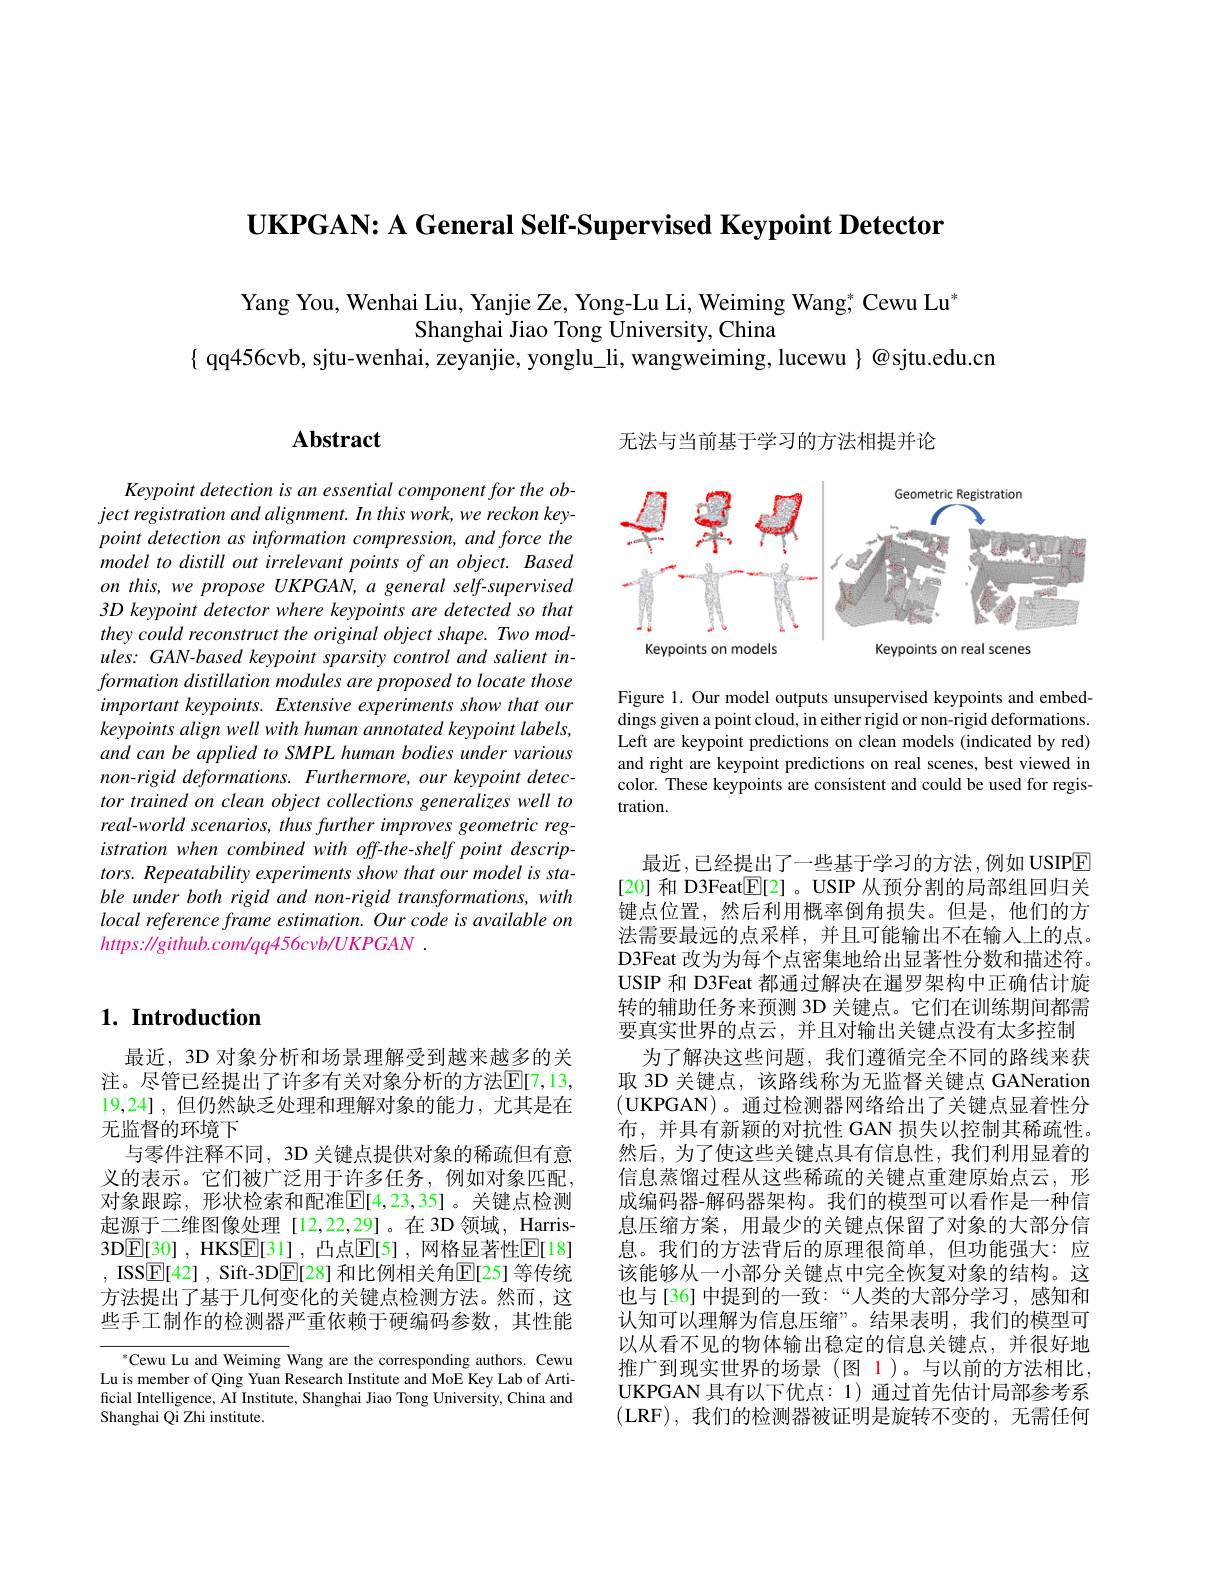
$\textbf{UKPGAN: A General Self- Supervised Keypoint Detector}$

Yang You, Wenhai Liu, Yanjie Ze, Yong-Lu Li, Weiming Wang, Cewu Lu'
Shanghai Jiao Tong University, China
$\{$ qq456cvb, sjtu-wenhai, zeyanjie, yonglu\_li, wangweiming, lucewu $\}@$sjtu.edu.cn

## $\mathbf{Abstract}$

Keypoint detection is an essential component for the ob- $ject\textit{registration and alignment. In this work, we reckon key- }$ point detection as information compression, and force the model to distill out irrelevant points of an object. Based on this, we propose UKPGAN, a general self-supervised 3D keypoint detector where keypoints are detected so that they could reconstruct the original object shape. Two mod- $ules:GAN-based$ keypoint sparsity control and salient information distillation modules are proposed to locate those important keypoints. Extensive experiments show that our keypoints align well with human annotated keypoint labels, and can be applied to SMPL human bodies under various non-rigid deformations. Furthermore, our keypoint detector trained on clean object collections generalizes well to real-world scenarios, thus further improves geometric reg- $istrationwhencombinedwithoff-the-shelfpointdescrip-$ $tors.Repeatability$ experiments show that our model is stable under both rigid and non-rigid transformations, with local reference frame estimation. Our code is available on $https: / / github. com/ qq456cvb/ UKPGAN$ .

## $1. \textbf{Introduction}$

最近，3D 对象分析和场景理解受到越来越多的关注。尽管已经提出了许多有关对象分析的方法$\mathbb{E}[7,13$, 19,24] ,但仍然缺乏处理和理解对象的能力，尤其是在无监督的环境下
与零件注释不同，3D 关键点提供对象的稀疏但有意义的表示。它们被广泛用于许多任务，例如对象匹配， 对象跟踪，形状检索和配准$\mathbb{E}[4,23,35]$。关键点检测起源于二维图像处理[12,22,29]。在 3D 领域，Harris- 3D$\boxed{\mathrm{E} [ 30] }$ , HKS$\boxed{\mathrm{E} [ 31] }$ , 凸点$\mathbb{E} [ 5]$ , 网 格 显 著 性 $\mathbb{E} [ 18]$ , ISS$\underline {\mathrm{E} }[ 42]$ , Sift-3D$\underline{\mathrm{E}}[28]$ 和比例相关角$\overline{\mathrm{E}}[$25] 等传统方法提出了基于几何变化的关键点检测方法。然而，这些手工制作的检测器严重依赖于硬编码参数，其性能

$^{*}$Cewu Lu and Weiming Wang are the corresponding authors. Cewu Lu is member of Qing Yuan Research Institute and MoE Key Lab of Artificial Intelligence, AI Institute, Shanghai Jiao Tong University, China and Shanghai Qi Zhi institute.

无法与当前基于学习的方法相提并论

<FigureHere>

Figure 1. Our model outputs unsupervised keypoints and embeddings given a point cloud, in either rigid or non-rigid deformations. Left are keypoint predictions on clean models (indicated by red) and right are keypoint predictions on real scenes, best viewed in color. These keypoints are consistent and could be used for registration.

最近，已经提出了一些基于学习的方法，例如 USIPE [20] 和 D3Feat[E[2] 。USIP 从预分割的局部组回归关键点位置，然后利用概率倒角损失。但是，他们的方法需要最远的点采样，并且可能输出不在输入上的点。D3Feat 改为为每个点密集地给出显著性分数和描述符。USIP 和 D3Feat 都通过解决在暹罗架构中正确估计旋转的辅助任务来预测 3D 关键点。它们在训练期间都需要真实世界的点云，并且对输出关键点没有太多控制
为了解决这些问题，我们遵循完全不同的路线来获取 3D 关键点，该路线称为无监督关键点 GANeration (UKPGAN)。通过检测器网络给出了关键点显着性分布，并具有新颖的对抗性 GAN 损失以控制其稀疏性。然后，为了使这些关键点具有信息性，我们利用显着的信息蒸馏过程从这些稀疏的关键点重建原始点云，形成编码器-解码器架构。我们的模型可以看作是一种信息压缩方案，用最少的关键点保留了对象的大部分信息。我们的方法背后的原理很简单，但功能强大：应该能够从一小部分关键点中完全恢复对象的结构。这也与[36]中提到的一致：“人类的大部分学习，感知和认知可以理解为信息压缩”。结果表明，我们的模型可以从看不见的物体输出稳定的信息关键点，并很好地推广到现实世界的场景(图 1)。与以前的方法相比， UKPGAN 具有以下优点：1) 通过首先估计局部参考系(LRF),我们的检测器被证明是旋转不变的，无需任何